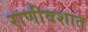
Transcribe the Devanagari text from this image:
राणीवशात